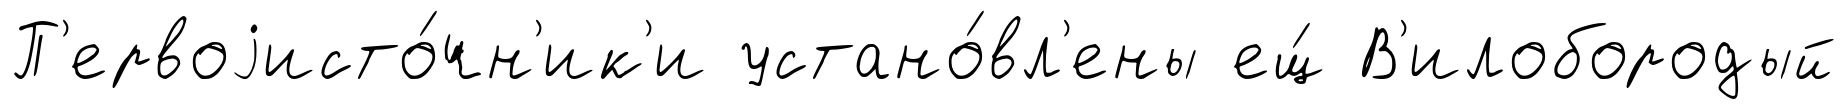
П'ервоjисто́чн'ик'и устано́вл'ены ещ́ В'илобородый